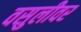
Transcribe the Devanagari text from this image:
वसुलीवर